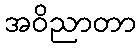
အဝိညာတာ